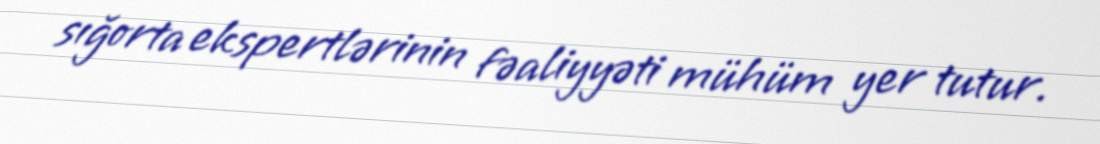
sığorta ekspertlərinin fəaliyyəti mühüm yer tutur.